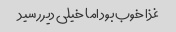
غذا خوب بود اما خیلی دیر رسید